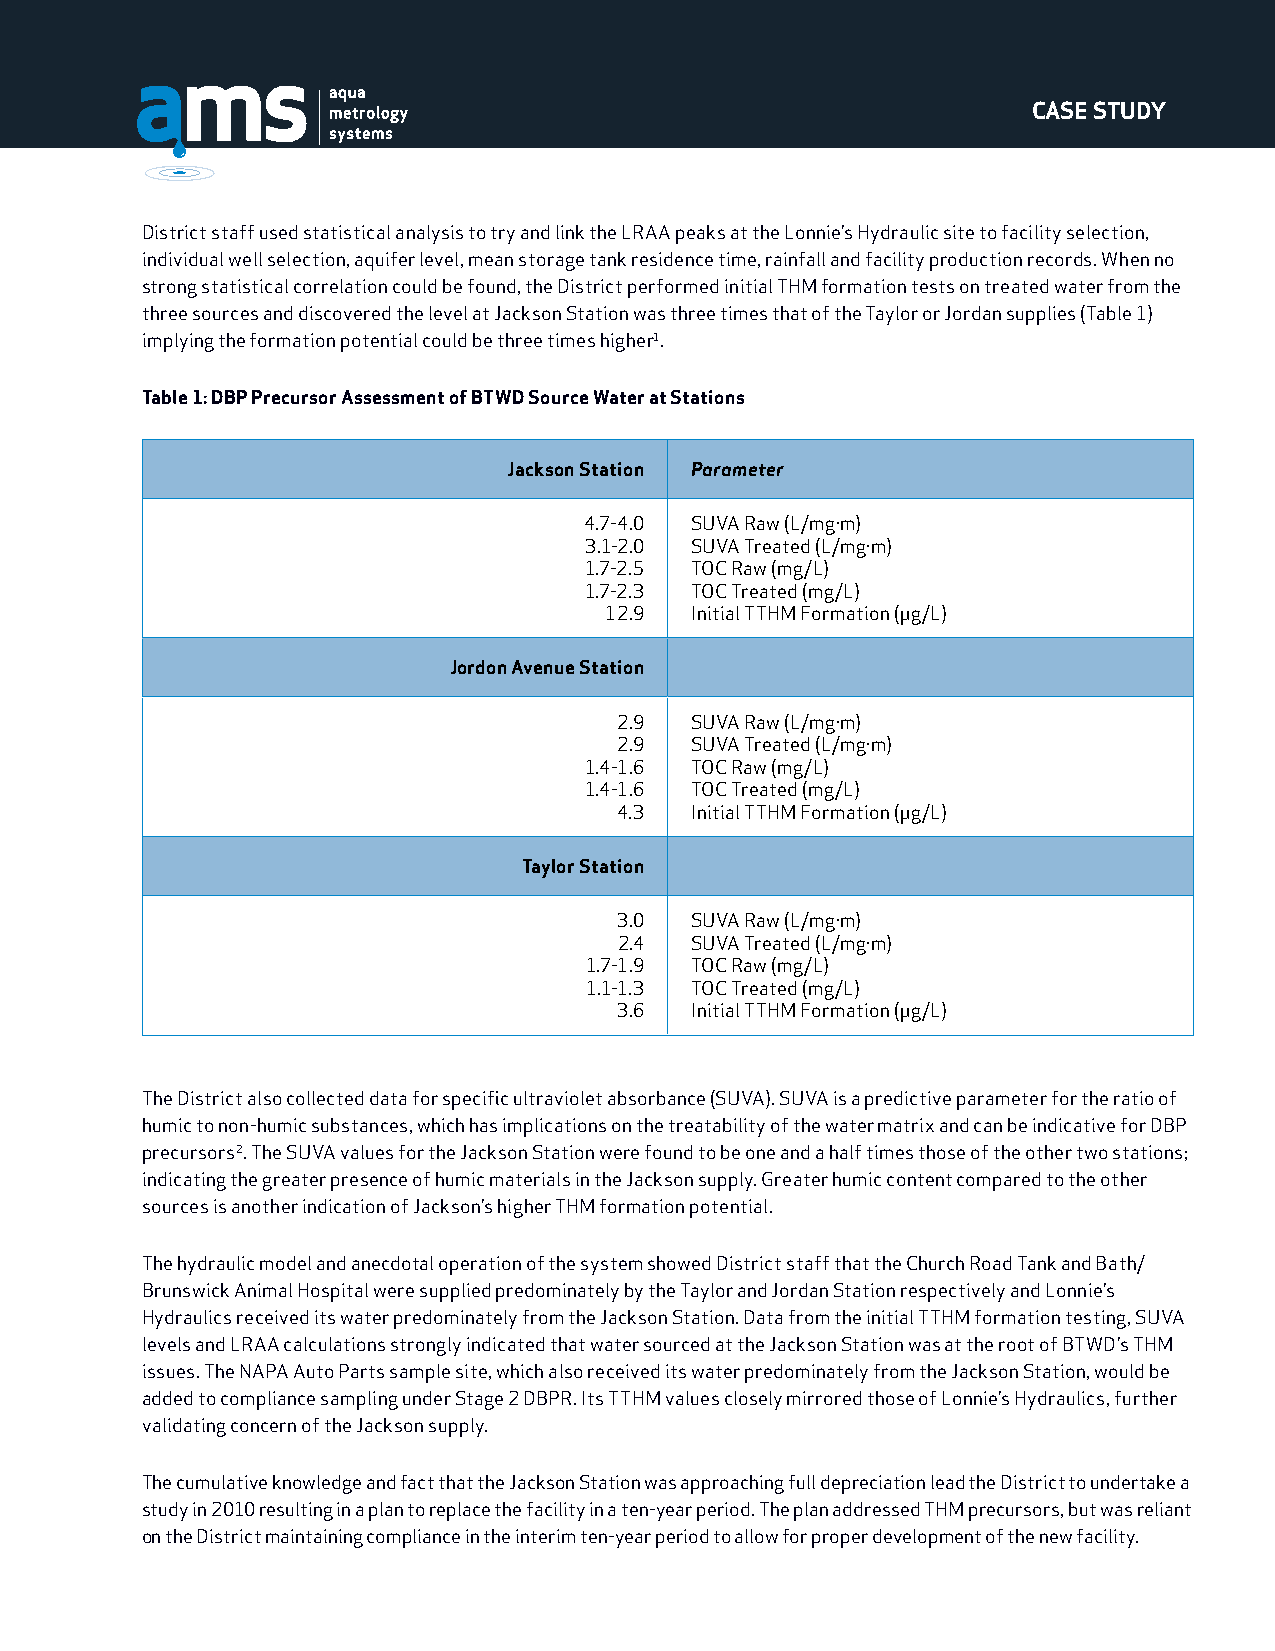
CASE STUDY
 District staff used statistical analysis to try and link the LRAA peaks at the Lonnie’s Hydraulic site to facility selection,
 individual well selection, aquifer level, mean storage tank residence time, rainfall and facility production records. When no
 strong statistical correlation could be found, the District performed initial THM formation tests on treated water from the
 three sources and discovered the level at Jackson Station was three times that of the Taylor or Jordan supplies (Table 1)
 implying the formation potential could be three times higher1.
 Table 1: DBP Precursor Assessment of BTWD Source Water at Stations
 Jackson Station Parameter
 4.7-4.0 SUVA Raw (L/mg·m)
 3.1-2.0 SUVA Treated (L/mg·m)
 1.7-2.5 TOC Raw (mg/L)
 1.7-2.3 TOC Treated (mg/L)
 12.9  Initial TTHM Formation (μg/L)
 Jordon Avenue Station
 2.9  SUVA Raw (L/mg·m)
 2.9  SUVA Treated (L/mg·m)
 1.4-1.6 TOC Raw (mg/L)
 1.4-1.6 TOC Treated (mg/L)
 4.3  Initial TTHM Formation (μg/L)
 Taylor Station
 3.0  SUVA Raw (L/mg·m)
 2.4  SUVA Treated (L/mg·m)
 1.7-1.9 TOC Raw (mg/L)
 1.1-1.3 TOC Treated (mg/L)
 3.6  Initial TTHM Formation (μg/L)
 The District also collected data for specific ultraviolet absorbance (SUVA). SUVA is a predictive parameter for the ratio of
 humic to non-humic substances, which has implications on the treatability of the water matrix and can be indicative for DBP
 precursors2. The SUVA values for the Jackson Station were found to be one and a half times those of the other two stations;
 indicating the greater presence of humic materials in the Jackson supply. Greater humic content compared to the other
 sources is another indication of Jackson’s higher THM formation potential.
 The hydraulic model and anecdotal operation of the system showed District staff that the Church Road Tank and Bath/
 Brunswick Animal Hospital were supplied predominately by the Taylor and Jordan Station respectively and Lonnie’s
 Hydraulics received its water predominately from the Jackson Station. Data from the initial TTHM formation testing, SUVA
 levels and LRAA calculations strongly indicated that water sourced at the Jackson Station was at the root of BTWD’s THM
 issues. The NAPA Auto Parts sample site, which also received its water predominately from the Jackson Station, would be
 added to compliance sampling under Stage 2 DBPR. Its TTHM values closely mirrored those of Lonnie’s Hydraulics, further
 validating concern of the Jackson supply.
 The cumulative knowledge and fact that the Jackson Station was approaching full depreciation lead the District to undertake a
 study in 2010 resulting in a plan to replace the facility in a ten-year period. The plan addressed THM precursors, but was reliant
 on the District maintaining compliance in the interim ten-year period to allow for proper development of the new facility.